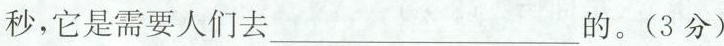
秒，它是需要人们去 ___ 的。(3分)